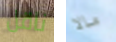
ناقل مالا